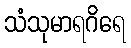
သံသုမာရဂိရေ